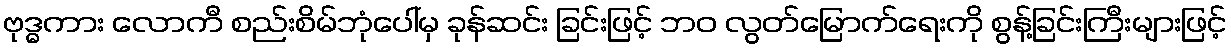
ဗုဒ္ဓကား လောကီ စည်းစိမ်ဘုံပေါ်မှ ခုန်ဆင်း ခြင်းဖြင့် ဘဝ လွတ်မြောက်ရေးကို စွန့်ခြင်းကြီးများဖြင့်